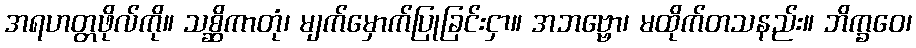
အရဟတ္တဖိုလ်ကို။ သစ္ဆိကာတုံ၊ မျက်မှောက်ပြုခြင်းငှာ။ အဘဗ္ဗော၊ မထိုက်တသနည်း။ ဘိက္ခဝေ၊